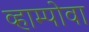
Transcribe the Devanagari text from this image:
व्हाम्पोवा